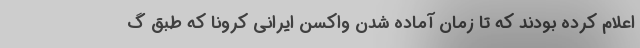
اعلام کرده بودند که تا زمان آماده شدن واکسن ایرانی کرونا که طبق گ